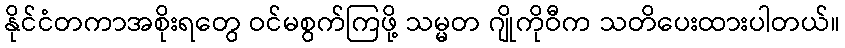
နိုင်ငံတကာအစိုးရတွေ ဝင်မစွက်ကြဖို့ သမ္မတ ဂျိုကိုဝီက သတိပေးထားပါတယ်။